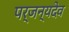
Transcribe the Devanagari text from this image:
पर्जन्यदेव